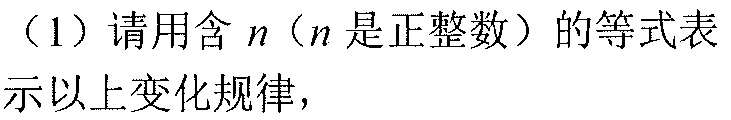
（1）请用含\(n\)（\(n\)是正整数）的等式表示以上变化规律，